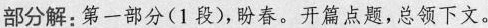
部分解:第一部分(1段),春。开篇点题，总领下文。